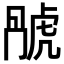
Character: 𬟬